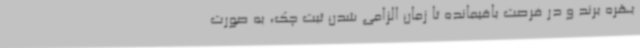
بهره برند و در فرصت باقیمانده تا زمان الزامی شدن ثبت چک، به صورت